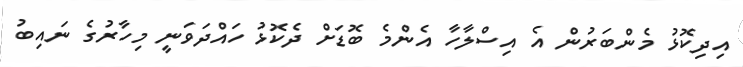
އިދިކޮޅު މެންބަރުން އެ އިސްލާހާ އެންމެ ބޮޑަށް ދެކޮޅު ހައްދަވަނީ މިހާރުގެ ނައިބު